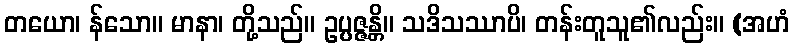
တယော၊ န်သော။ မာနာ၊ တို့သည်။ ဥပ္ပဇ္ဇန္တိ။ သဒိသဿာပိ၊ တန်းတူသူ၏လည်း။ (အဟံ